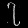
Digit: ၇